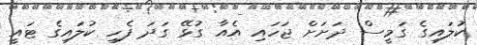
ކުލައިގެ ގަމީސް ދަށަށް ޖަހައި އެއާ ގުޅޭ ގަދަ ފެހި ކުލައިގެ ޓައީ